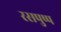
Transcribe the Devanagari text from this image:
रसपुष्प